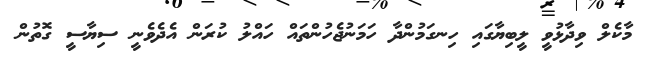
މާކެލް ވިދާޅުވީ ލީބިޔާގައި ހިނގަމުންދާ ހަމަނުޖެހުންތައް ހައްލު ކުރަން އެދެވެނީ ސިޔާސީ ގޮތުން